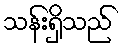
သန်းရှိသည်